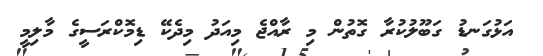
އަޅުގަނޑު ގަބޫލުކުރާ ގޮތުން މި ރާއްޖެ މިއަދު މިދެކޭ ޑިމޮކްރަސީގެ މާލިމީ